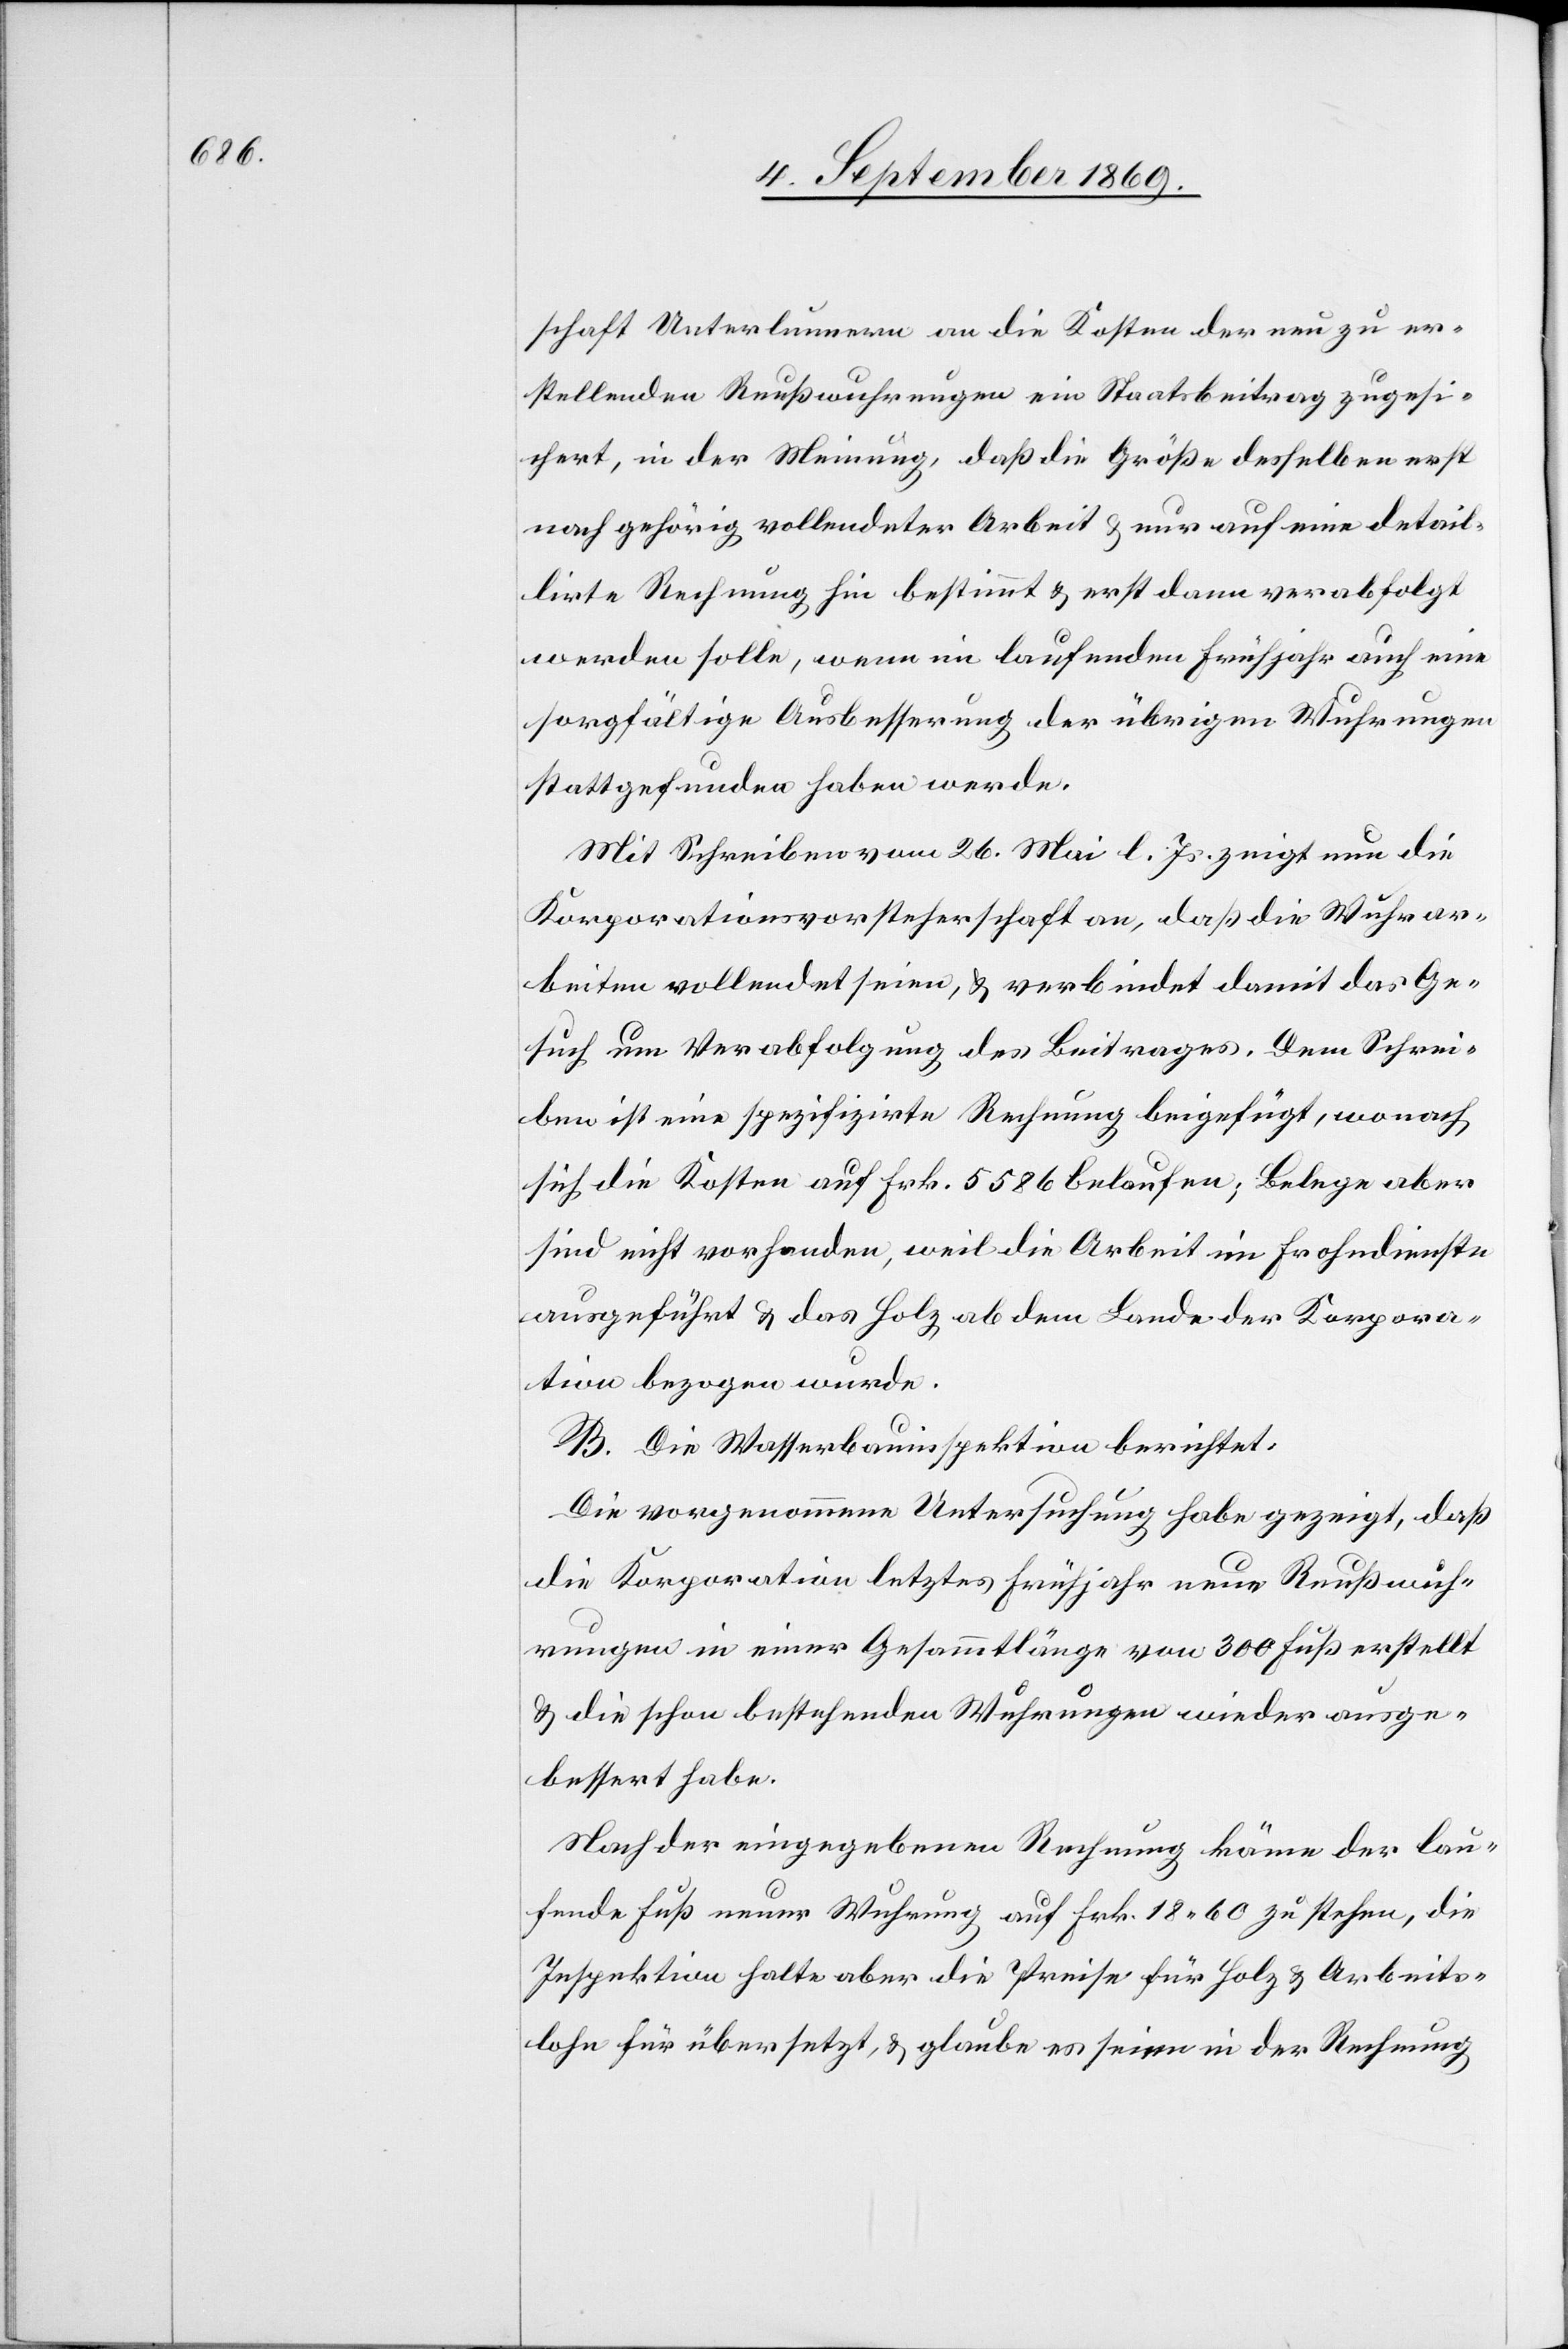
schaft Unterlunnern an die Kosten der neu zu er¬
stellenden Reußwuhrungen ein Staatsbeitrag zugesi¬
chert, in der Meinung, daß die Größe desselben erst
nach gehörig vollendeter Arbeit & nur auf eine detail¬
lirte Rechnung hin bestimmt & erst dann verabfolgt
werden solle, wenn im laufenden Frühjahr auch eine
sorgfältige Ausbesserung der übrigen Wuhrungen
stattgefunden haben werde.
Mit Schreiben vom 26. Mai l. Js. zeigt nun die
Korporationsvorsteherschaft an, daß die Wuhrar¬
beiten vollendet seien, & verbindet damit das Ge¬
such um Verabfolgung des Beitrages. Dem Schrei¬
ben ist eine spezifizirte Rechnung beigefügt, wonach
sich die Kosten auf Frk. 5586 belaufen; Belege aber
sind nicht vorhanden, weil die Arbeit im Frohndienste
ausgeführt & das Holz ab dem Lande der Korpora¬
tion bezogen wurde.
B. Die Wasserbauinspektion berichtet:
Die vorgenommene Untersuchung habe gezeigt, daß
die Korporation letztes Frühjahr neue Reußwuh¬
rungen in einer Gesammtlänge von 300 Fuß erstellt
& die schon bestehenden Wuhrungen wieder ausge¬
bessert habe.
Nach der eingegebenen Rechnung käme der lau¬
fende Fuß neuer Wuhrung auf Frk. 18 60 zu stehen, die
Inspektion halte aber die Preise für Holz & Arbeits¬
lohn für übersetzt, & glaube es seien in der Rechnung